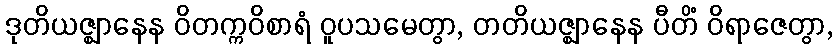
ဒုတိယဇ္ဈာနေန ဝိတက္ကဝိစာရံ ဝူပသမေတွာ, တတိယဇ္ဈာနေန ပီတိံ ဝိရာဇေတွာ,